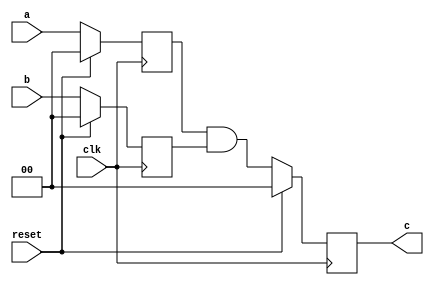
`timescale 1ns / 1ps
////////////////////////////////////////////////////////
// Rapid Silicon Raptor Example Design                //
// and2_verilog                                       //
// and2.v - Top-level file of simple 2-input AND gate //
////////////////////////////////////////////////////////

module and2 (
  input [1:0]      a,
  input [1:0]      b,
  input            clk,
  input            reset,
  output reg [1:0] c = 2'b0
);

  reg [1:0] a_reg = 2'b0;
  reg [1:0] b_reg = 2'b0;

  always@(posedge clk)
    if (reset) begin
      a_reg <= 2'b0;
      b_reg <= 2'b0;
      c     <= 2'b0;
    end else begin
      a_reg <= a;
      b_reg <= b;
      c     <= a_reg & b_reg;
    end

endmodule